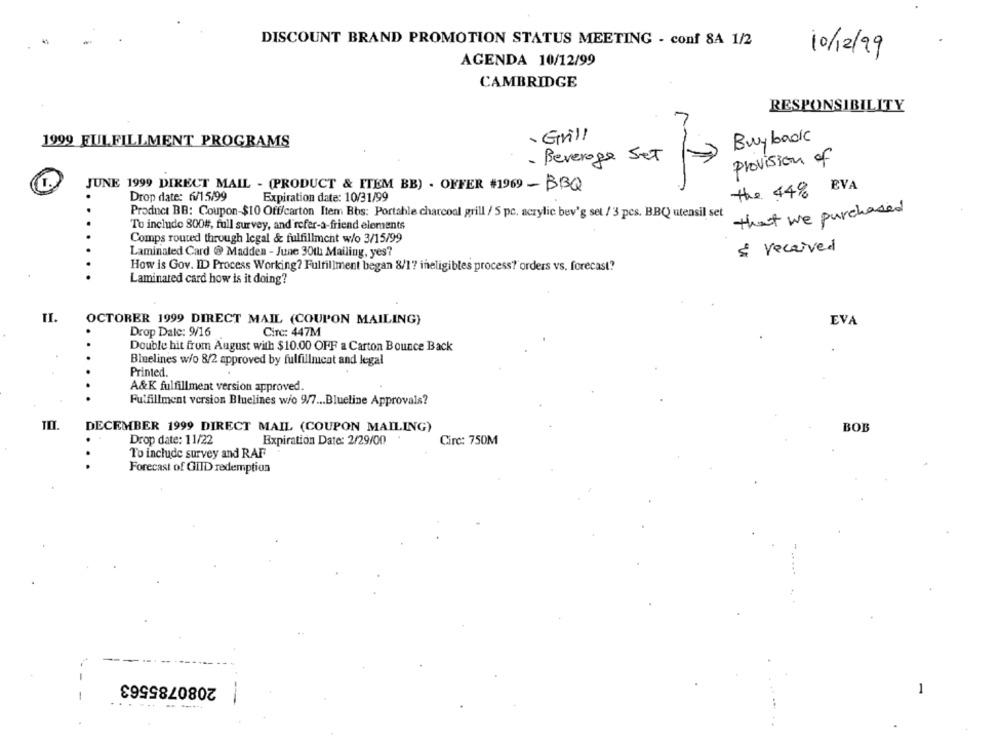
DISCOUNT BRAND PROMOTION STATUS MEETING - conf 8A 1/2
10/12/99
AGENDA 10/12/99
CAMBRIDGE
RESPONSIBILITY
. Grill
Buy back
1999 FULFILLMENT PROGRAMS
- Beverage Set
provision of
the 44% BVA
JUNE 1999 DIRECT MAIL - (PRODUCT & ITEM BE) - OFFER #1969 - BBQ
Drop date: 6/15/99
Expiration date: 10/31/99
Product BB: Coupon-$10 Off/carton Item Bbs: Portable charcoal grill / 5 pc. acrylic bev'g set / 3 pcs. BBQ utensil set
that we purchased
To include 800#, full survey, and refer-a-friend elements
Comps routed through legal & fulfillment w/o 3/15/99
& received
Laminated Card @ Madden - June 30th Mailing, yes?
How is Gov. ID Process Working? Fulfillment began 8/17 ineligibles process?'orders vs. forecast?
Laminated card how is it doing?
IL.
OCTOBER 1999 DIRECT MAIL (COUPON MAILING)
EVA
Drop Dalc: 9/16
Circ: 447M
Double hit from August with $10.00 OFF a Carton Bounce Back
Bluelines wio 8/2 approved by fulfillmcat and legal
Printed.
A&K fulfillment version approved.
Fulfillment version Bluelines wio 9/7 ... Blueline Approvals?
DECEMBER 1999 DIRECT MAIL (COUPON MAILING)
BOB
Drop date: 11/22
Expiration Date: 2/29/00
Circ: 750M
To include survey and RAF
Forecast of GIID redemption
2080785563
1
------.